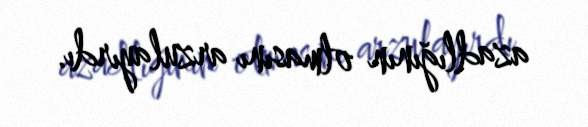
azadlığının olmasını arzulayırdı.